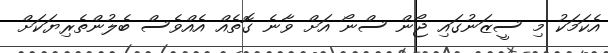
އެކަމަކު މި ސީޒަނުގައި ޖޯން ސްނޯ އަށް ވާނެ ގޮތެއް އެއްވެސް ބެލުންތެރިޔަކަށް